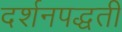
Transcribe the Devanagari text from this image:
दर्शनपद्धती